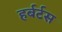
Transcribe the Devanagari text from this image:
हर्बर्टस